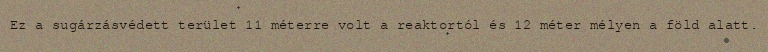
Ez a sugárzásvédett terület 11 méterre volt a reaktortól és 12 méter mélyen a föld alatt.